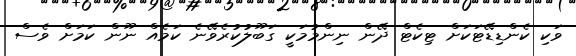
ވަކި ކެންޑިޑޭޓަކަށް ޓިކެޓް ދޭން ނިންމުމަކީ ގަބޫލުކުރެވޭނެ ކަމެއް ނޫން ކަމަށް ވެސް